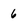
Character: 6